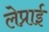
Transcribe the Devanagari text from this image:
लेप्राई